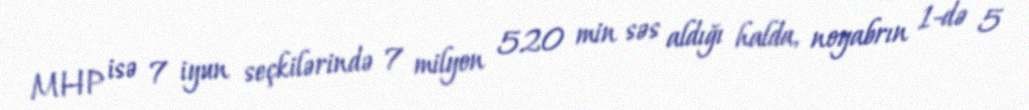
MHP isə 7 iyun seçkilərində 7 milyon 520 min səs aldığı halda, noyabrın 1-də 5